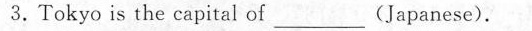
3.Tokyo is the capital of___(Japanese).